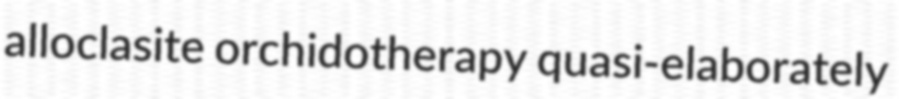
alloclasite orchidotherapy quasi-elaborately